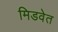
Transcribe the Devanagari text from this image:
मिडवेत